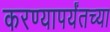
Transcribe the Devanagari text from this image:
करण्यापर्यंतच्या